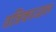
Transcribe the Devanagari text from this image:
तंत्रिकाजाल